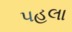
પહલા